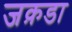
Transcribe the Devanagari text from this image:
जक़डा